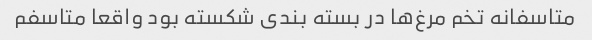
متاسفانه تخم مرغ‌ها در بسته بندی شکسته بود واقعا متاسفم